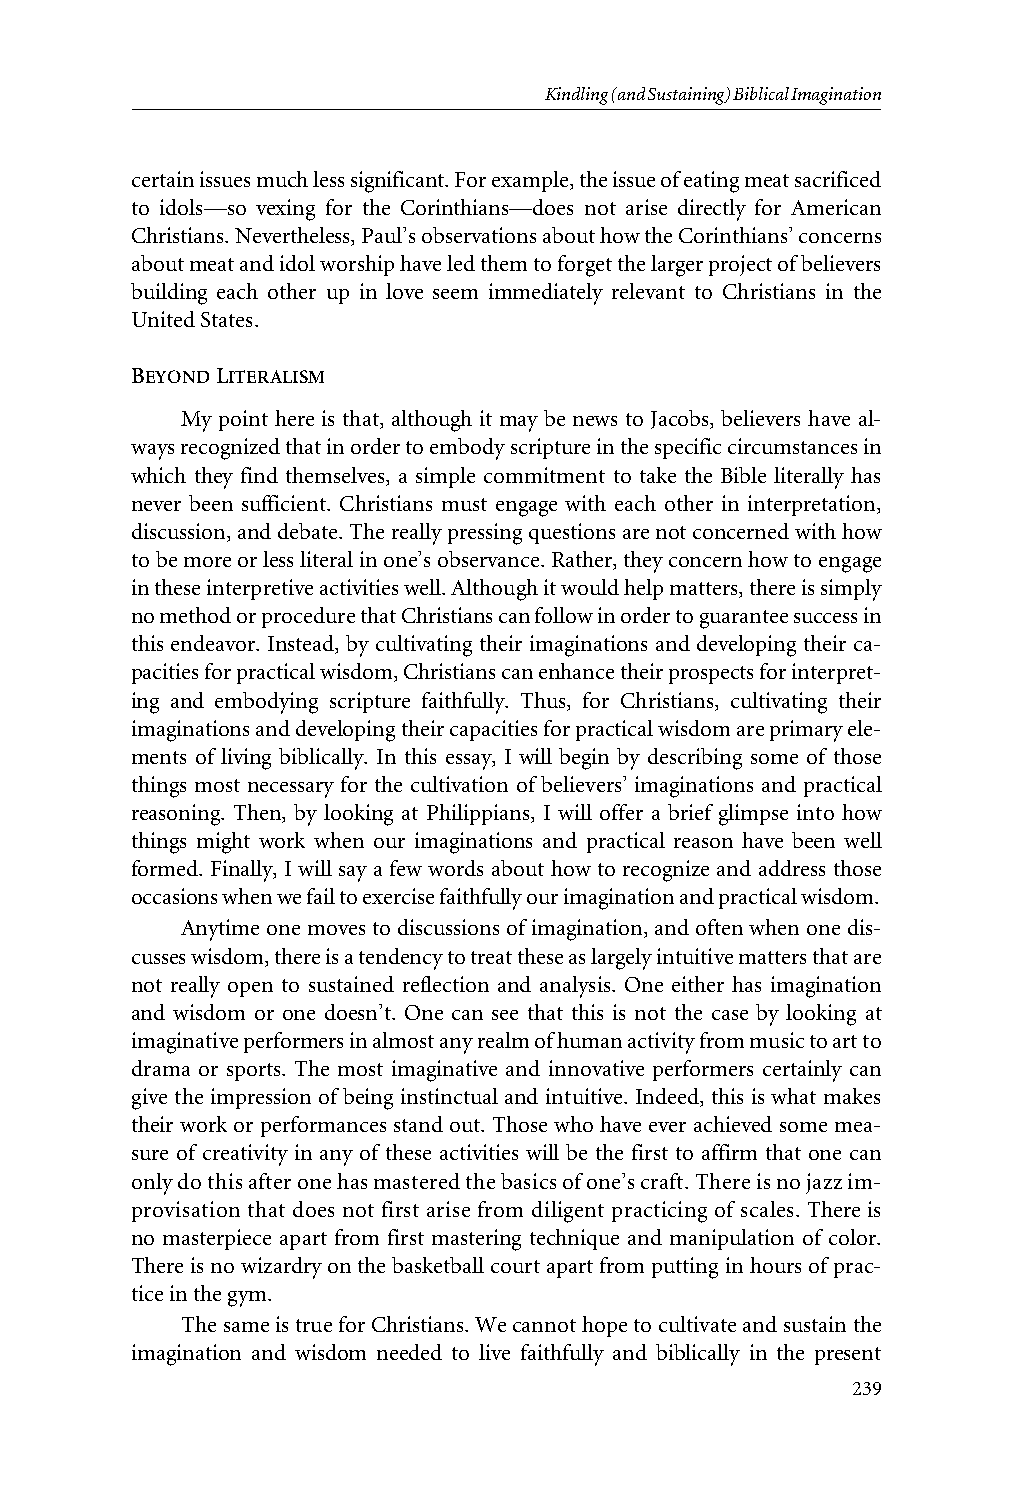
Kindling(andSustaining)BiblicalImagination
 certainissuesmuchlesssignificant.Forexample,theissueofeatingmeatsacrificed
 to idols—so vexing for the Corinthians—does not arise directly for American
 Christians.Nevertheless,Paul’sobservationsabouthowtheCorinthians’concerns
 aboutmeatandidolworshiphaveledthemtoforgetthelargerprojectofbelievers
 building each other up in love seem immediately relevant to Christians in the
 United States.
 BEYONDLITERALISM
 My point here is that, although it may be news to Jacobs, believers have al-
 waysrecognizedthatinordertoembodyscriptureinthespecificcircumstancesin
 which they find themselves, a simple commitment to take the Bible literally has
 never been sufficient. Christians must engage with each other in interpretation,
 discussion,anddebate.Thereallypressingquestionsarenotconcernedwithhow
 tobemoreorlessliteralinone’sobservance.Rather,theyconcernhowtoengage
 intheseinterpretiveactivitieswell.Althoughitwouldhelpmatters,thereissimply
 nomethodorprocedurethatChristianscanfollowinordertoguaranteesuccessin
 this endeavor. Instead, by cultivating their imaginations and developing their ca-
 pacitiesforpracticalwisdom,Christianscanenhancetheirprospectsforinterpret-
 ing and embodying scripture faithfully. Thus, for Christians, cultivating their
 imaginationsanddevelopingtheircapacitiesforpracticalwisdomareprimaryele-
 ments of living biblically. In this essay, I will begin by describing some of those
 things most necessary for the cultivation of believers’ imaginations and practical
 reasoning. Then, by looking at Philippians, I will offer a brief glimpse into how
 things might work when our imaginations and practical reason have been well
 formed. Finally, I will say a few words about how to recognize and address those
 occasionswhenwefailtoexercisefaithfullyourimaginationandpracticalwisdom.
 Anytime onemoves to discussions ofimagination, andoften whenonedis-
 cusseswisdom,thereisatendencytotreattheseaslargelyintuitivemattersthatare
 not really open to sustained reflection and analysis. One either has imagination
 and wisdom or one doesn’t. One can see that this is not the case by looking at
 imaginativeperformersinalmostanyrealmofhumanactivityfrommusictoartto
 drama or sports. The most imaginative and innovative performers certainly can
 give the impression of being instinctual and intuitive. Indeed, this is what makes
 their work orperformances stand out. Those who have ever achieved some mea-
 sure of creativity in any of these activities will be the first to affirm that one can
 onlydothisafteronehasmasteredthebasicsofone’scraft.Thereisnojazzim-
 provisation that does not first arise from diligent practicing of scales. There is
 no masterpiece apart from first mastering technique and manipulation of color.
 Thereisnowizardryonthebasketballcourtapartfromputtinginhoursofprac-
 tice in the gym.
 ThesameistrueforChristians.Wecannothopetocultivateandsustainthe
 imagination and wisdom needed to live faithfully and biblically in the present
 239